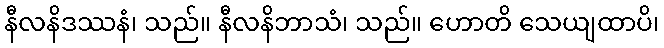
နီလနိဒဿနံ၊ သည်။ နီလနိဘာသံ၊ သည်။ ဟောတိ သေယျထာပိ၊